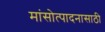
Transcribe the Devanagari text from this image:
मांसोत्पादनासाठी